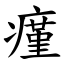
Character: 瘽